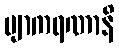
ဗျာကရဏာနိ